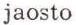
jaosto